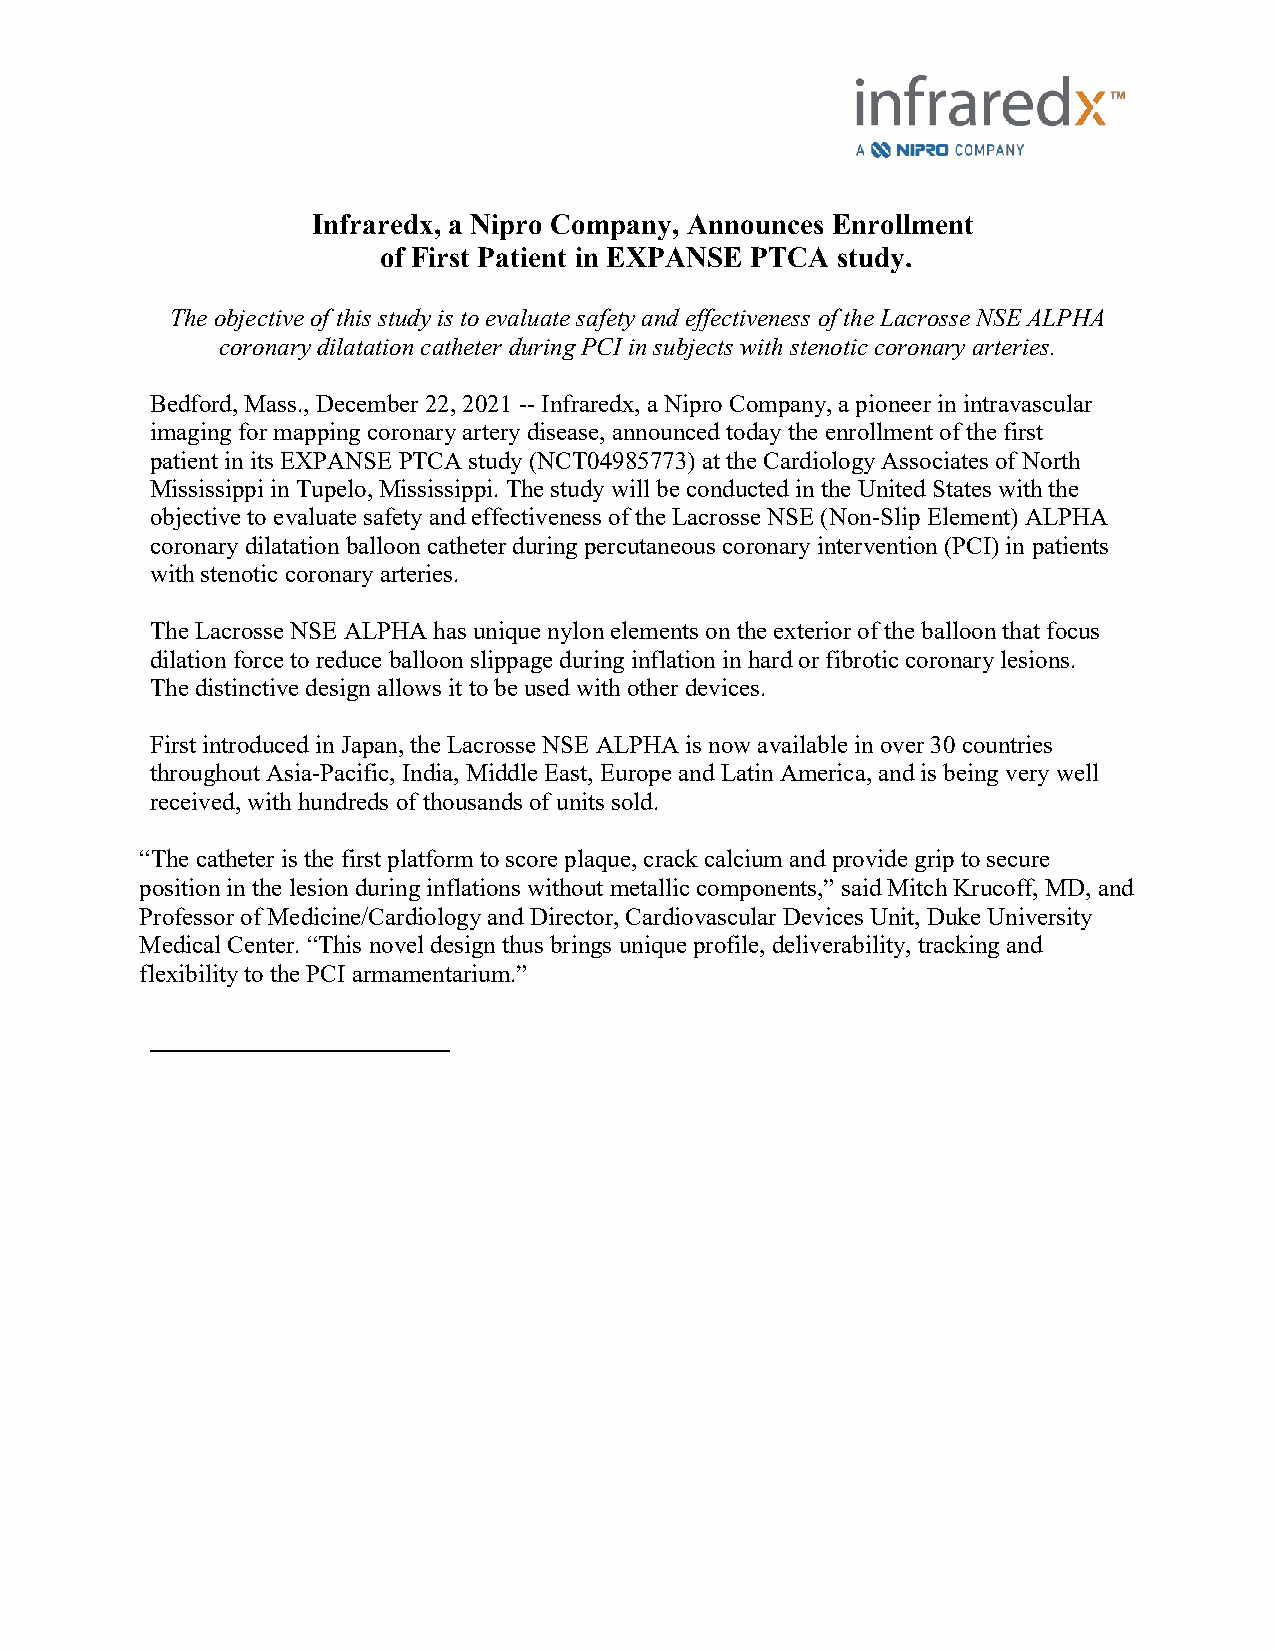
Infraredx, a Nipro Company, Announces Enrollment
 of First Patient in EXPANSE PTCA study.
 The objective of this study is to evaluate safety and effectiveness of the Lacrosse NSE ALPHA
 coronary dilatation catheter during PCI in subjects with stenotic coronary arteries.
 Bedford, Mass., December 22, 2021 -- Infraredx, a Nipro Company, a pioneer in intravascular
 imaging for mapping coronary artery disease, announced today the enrollment of the first
 patient in its EXPANSE PTCA study (NCT04985773) at the Cardiology Associates of North
 Mississippi in Tupelo, Mississippi. The study will be conducted in the United States with the
 objective to evaluate safety and effectiveness of the Lacrosse NSE (Non-Slip Element) ALPHA
 coronary dilatation balloon catheter during percutaneous coronary intervention (PCI) in patients
 with stenotic coronary arteries.
 The Lacrosse NSE ALPHA has unique nylon elements on the exterior of the balloon that focus
 dilation force to reduce balloon slippage during inflation in hard or fibrotic coronary lesions.
 The distinctive design allows it to be used with other devices.
 First introduced in Japan, the Lacrosse NSE ALPHA is now available in over 30 countries
 throughout Asia-Pacific, India, Middle East, Europe and Latin America, and is being very well
 received, with hundreds of thousands of units sold.
 “The catheter is the first platform to score plaque, crack calcium and provide grip to secure
 position in the lesion during inflations without metallic components,” said Mitch Krucoff, MD, and
 Professor of Medicine/Cardiology and Director, Cardiovascular Devices Unit, Duke University
 Medical Center. “This novel design thus brings unique profile, deliverability, tracking and
 flexibility to the PCI armamentarium.”